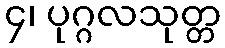
၄၊ ပုဂ္ဂလသုတ္တ